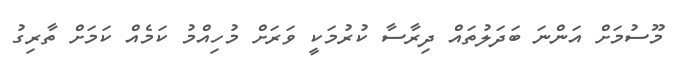
މޫސުމަށް އަންނަ ބަދަލުތައް ދިރާސާ ކުރުމަކީ ވަރަށް މުހިއްމު ކަމެއް ކަމަށް ތާރިގު